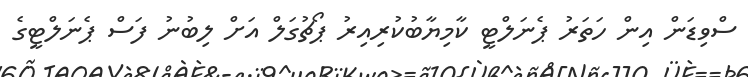
ސްވިޑަން އިން ހަތަރު ޕެނަލްޓީ ކާމިޔާބުކުރިއިރު ޕޯޗުގަލް އަށް ލިބުނު ފަސް ޕެނަލްޓީގެ